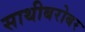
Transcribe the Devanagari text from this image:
साथीबरोबर